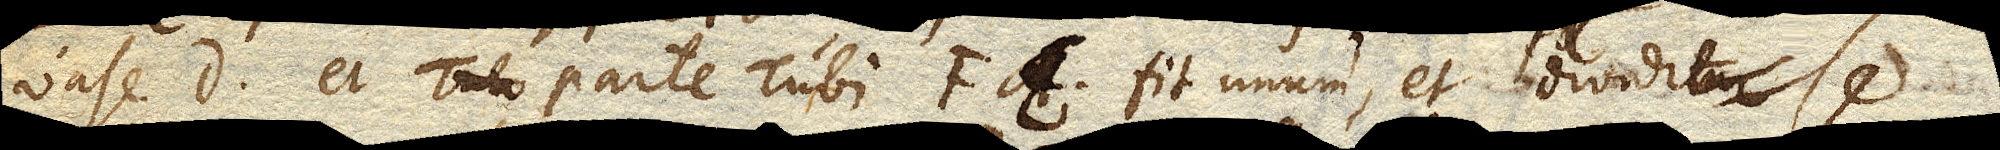
vase D et parte Tubi FE fit unum et dividit Se